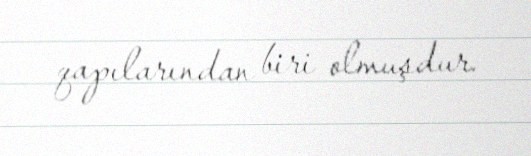
qapılarından biri olmuşdur.